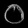
Digit: ၀